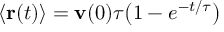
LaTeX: \langle \mathbf { r } ( t ) \rangle = \mathbf { v } ( 0 ) \tau { \big ( } 1 - e ^ { - t / \tau } { \big ) }